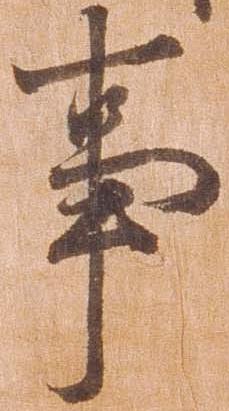
事